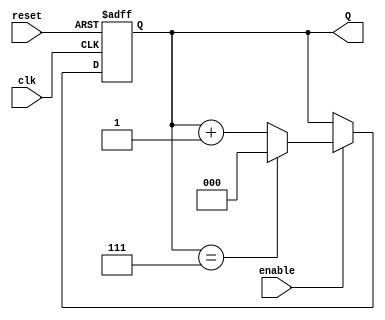
module binary_up_counter #(
    parameter N = 3  // Number of bits in the counter (default is 3)
)(
    input wire clk,      // Clock signal
    input wire reset,    // Asynchronous reset signal
    input wire enable,   // Enable signal
    output reg [N-1:0] Q // Counter output
);

// Always block triggered on the rising edge of the clock
always @(posedge clk or posedge reset) begin
    if (reset) begin
        // Asynchronous reset: set count to 0
        Q <= 0;
    end else if (enable) begin
        // Increment the counter and wrap around if maximum is reached
        if (Q == (1 << N) - 1) begin
            Q <= 0; // Wrap around to 0
        end else begin
            Q <= Q + 1; // Increment the counter
        end
    end
    // If enable is low, retain the current value of Q
end

endmodule